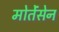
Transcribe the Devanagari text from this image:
मोर्तेंसेन